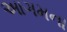
આગમના